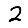
Digit: 2